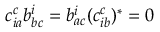
c _ { i a } ^ { c } b _ { b c } ^ { i } = b _ { a c } ^ { i } ( c _ { i b } ^ { c } ) ^ { * } = 0